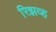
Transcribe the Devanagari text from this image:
रिझव्ह